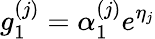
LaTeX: g_{1}^{(j)}=\alpha_{1}^{(j)}e^{\eta_{j}}